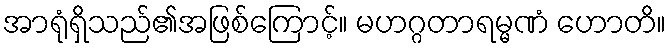
အာရုံရှိသည်၏အဖြစ်ကြောင့်။ မဟဂ္ဂတာရမ္မဏံ ဟောတိ။